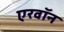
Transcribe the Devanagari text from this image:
एरवॉन